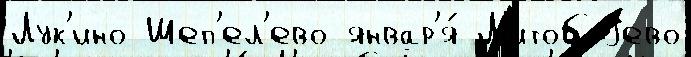
Лук'ино Шеп'ел'ево январ'я́ Л'итобоjево